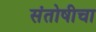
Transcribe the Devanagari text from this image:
संतोषीचा